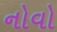
નોવો